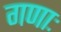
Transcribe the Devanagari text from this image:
गणाः